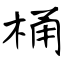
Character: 桶